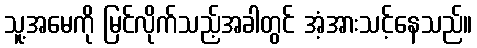
သူ့အမေကို မြင်လိုက်သည့်အခါတွင် အံ့အားသင့်နေသည်။